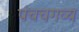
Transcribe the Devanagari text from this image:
पंचचगव्य